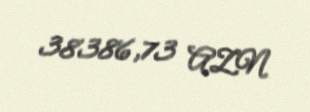
38386,73 AZN